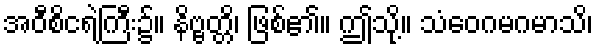
အဝီစိငရဲကြီး၌။ နိဗ္ဗတ္တိ၊ ဖြစ်၏။ ဤသို့။ သံဝေဂမဂမာသိ၊